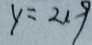
y = 2 1 9